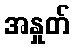
အနှုတ်